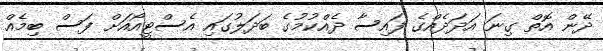
ދޭން އޮތް ގިނަ އަދަދެއްގެ ފައިސާ ދެއްކުމުގެ ބަދަލުގައި އެސްޓީއޯއަށް ފަސް ބިމެއް